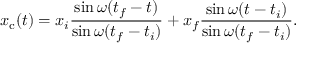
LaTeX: x _ { \mathrm { c } } ( t ) = x _ { i } { \frac { \sin \omega ( t _ { f } - t ) } { \sin \omega ( t _ { f } - t _ { i } ) } } + x _ { f } { \frac { \sin \omega ( t - t _ { i } ) } { \sin \omega ( t _ { f } - t _ { i } ) } } .